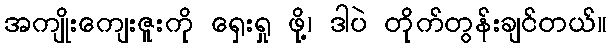
အကျိုးကျေးဇူးကို ရှေးရှု ဖို့၊ ဒါပဲ တိုက်တွန်းချင်တယ်။